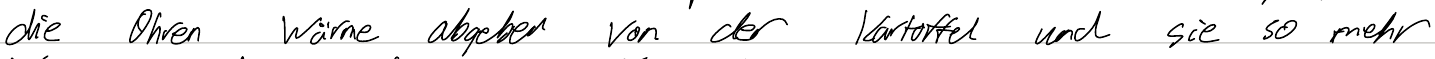
die Ohren Wärme abgeben von der Kartoffel und sie so mehr